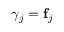
\gamma _ { j } = \mathbf { f } _ { j }